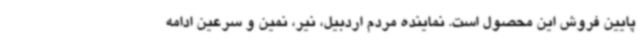
پایین فروش این محصول است. نماینده مردم اردبیل، نیر، نمین و سرعین ادامه